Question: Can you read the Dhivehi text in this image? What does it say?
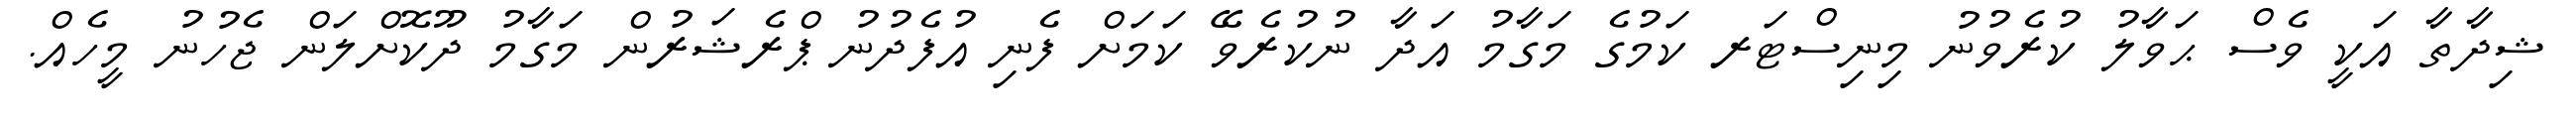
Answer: ޝިދާތާ އަކީ ވެސް ޙަވާލު ކުރެވުނު މިނިސްޓަރ ކަމުގެ މަގާމު އަދާ ނުކުރެވޭ ކަމަށް ފެނި އުފެދުނު ޕްރެޝަރުން މަގާމު ދޫކޮށްލަން ޖެހުނު މީހެއް.